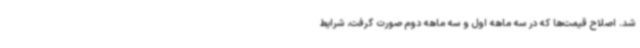
شد. اصلاح قیمت‌ها که در سه ماهه اول و سه ماهه دوم صورت گرفت، شرایط